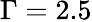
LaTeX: \Gamma=2.5